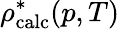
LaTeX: \rho_{\mathrm{calc}}^{*}(p,T)